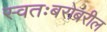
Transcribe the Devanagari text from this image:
स्वतःबरोबरील